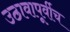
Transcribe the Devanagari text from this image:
उठावापूर्वीच